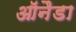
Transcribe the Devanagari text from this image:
ऑनैडा